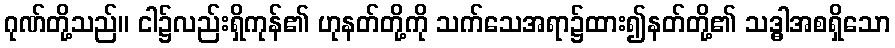
ဂုဏ်တို့သည်။ ငါ၌လည်းရှိကုန်၏ ဟုနတ်တို့ကို သက်သေအရာ၌ထား၍နတ်တို့၏ သဒ္ဓါအစရှိသော